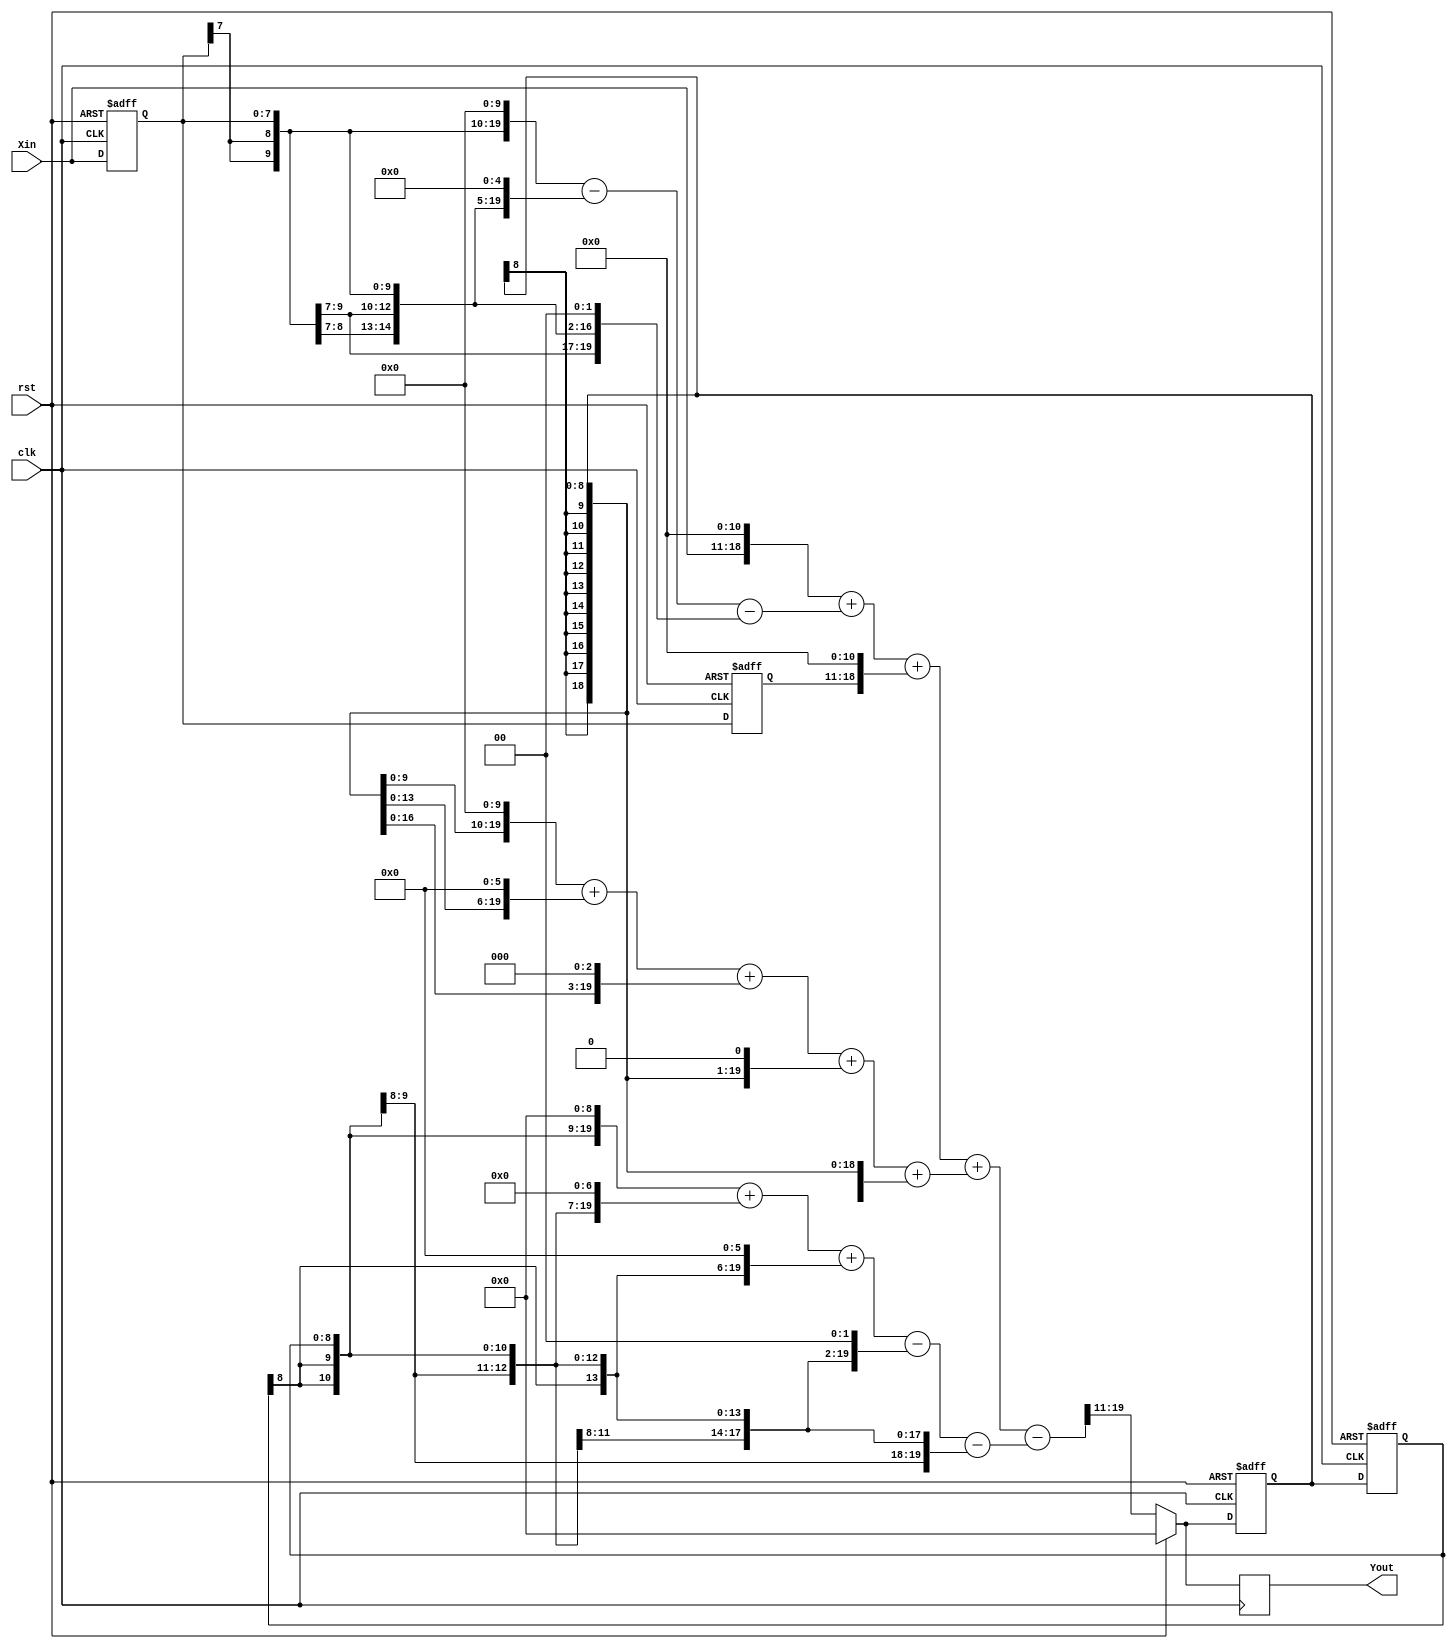
//SecondTap.v
module SecondTap (
	rst,clk,Xin,
	Yout);
	
	input		rst;   //
	input		clk;   //FPGA2kHz
	input	 signed [7:0]	Xin;  //2kHZ
	output signed [8:0]	Yout; //
	
	///////////////////////////
	//
	reg signed[7:0] Xin1,Xin2;
	always @(posedge clk or posedge rst)
		if (rst)
			//0
			begin
				Xin1 <= 8'd0;
				Xin2 <= 8'd0;
		   end	
		else
		   begin
				Xin1 <= Xin;
				Xin2 <= Xin1;
			end
			
   //
	wire signed [23:0] XMult0,XMult1,XMult2;
	assign XMult0 = {{5{Xin[7]}},Xin,11'd0};  //*2048
	assign XMult1 = {{6{Xin1[7]}},Xin1,10'd0}-{{11{Xin1[7]}},Xin1,5'd0}-{{14{Xin1[7]}},Xin1,2'd0};  //*988
	assign XMult2 = {{5{Xin2[7]}},Xin2,11'd0}; //*2048
 
	//
	wire signed [23:0] Xout;
	assign Xout = XMult0 + XMult1 + XMult2;
	
	
	/////////////////////////
	wire signed[8:0] Yin;
	reg signed[8:0] Yin1,Yin2;
	always @(posedge clk or posedge rst)
		if (rst)
			//0
			begin
				Yin1 <= 9'd0;
				Yin2 <= 9'd0;
			end
		else
		   begin
				Yin1 <= Yin;
				Yin2 <= Yin1;
			end
			
	//
	wire signed [23:0] YMult1,YMult2;
	wire signed [23:0] Ysum,Ydiv;
	assign YMult1 = {{5{Yin1[8]}},Yin1,10'd0}+{{9{Yin1[8]}},Yin1,6'd0}+{{12{Yin1[8]}},Yin1,3'd0}+
	                {{14{Yin1[8]}},Yin1,1'd0}+{{15{Yin1[8]}},Yin1};  //*1099
	assign YMult2 = {{6{Yin2[8]}},Yin2,9'd0}+{{8{Yin2[8]}},Yin2,7'd0}+{{9{Yin2[8]}},Yin2,6'd0}-
	                {{13{Yin2[8]}},Yin2,2'd0}-{{15{Yin2[8]}},Yin2};  //*699
						 
 
	//IIR///////////////////////////
	assign Ysum = Xout+YMult1-YMult2;	
	assign Ydiv = {{11{Ysum[23]}},Ysum[23:11]};//2048
	//9
   assign Yin = (rst ? 9'd0 : Ydiv[8:0]);
	//
	reg signed [8:0] Yout_reg ;
	always @(posedge clk)
		Yout_reg <= Yin;
	assign Yout = Yout_reg;
	
endmodule